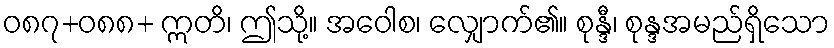
ဝ၈၇+၀၈၈+ ဣတိ၊ ဤသို့။ အဝေါစ၊ လျှောက်၏။ စုန္ဒီ၊ စုန္ဒအမည်ရှိသော